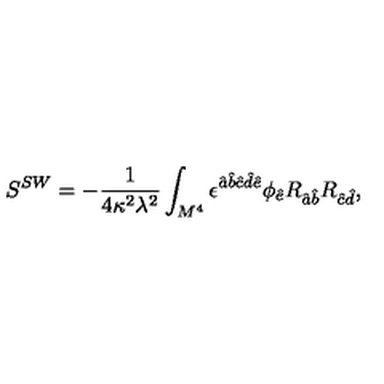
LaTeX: S ^ { S W } = - \frac { 1 } { 4 \kappa ^ { 2 } \lambda ^ { 2 } } \int _ { M ^ { 4 } } \epsilon ^ { \hat { a } \hat { b } \hat { c } \hat { d } \hat { e } } \phi _ { \hat { e } } R _ { \hat { a } \hat { b } } R _ { \hat { c } \hat { d } } ,